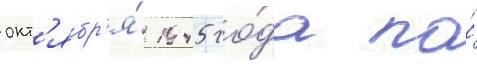
окт'ябр'я́ 1945 го́да по́